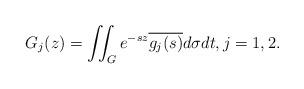
LaTeX: \begin{align*}G_j(z)=\iint_G e^{-sz}\overline{g_j(s)}d\sigma dt,j=1,2.\end{align*}